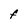
Character: F